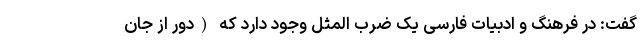
گفت: در فرهنگ و ادبیات فارسی یک ضرب المثل وجود دارد که (دور از جان